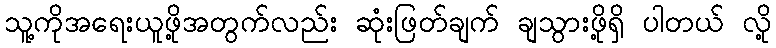
သူ့ကိုအရေးယူဖို့အတွက်လည်း ဆုံးဖြတ်ချက် ချသွားဖို့ရှိ ပါတယ် လို့